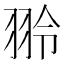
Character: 𫅤